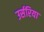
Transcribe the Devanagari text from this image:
उर्सरिया